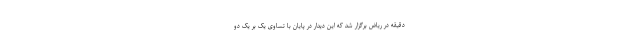
دقیقه در ریاض برگزار شد که این دیدار در پایان با تساوی یک بر یک دو